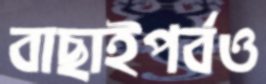
বাছাইপর্বও